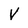
Character: v